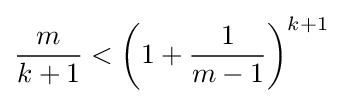
{\frac {m}{k+1}}<\left(1+{\frac {1}{m-1}}\right)^{k+1}